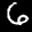
Label: 6